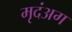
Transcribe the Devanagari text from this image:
मृदंअग